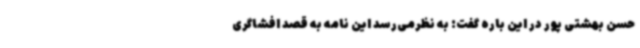
حسن بهشتی پور در این باره گفت: به نظرمی‌رسد این نامه به قصد افشاگری